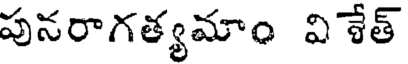
పునరాగత్యమాం విశేత్